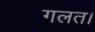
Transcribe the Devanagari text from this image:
गलत।